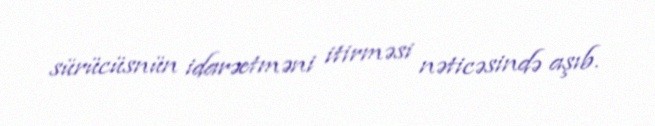
sürücüsnün idarəetməni itirməsi nəticəsində aşıb.